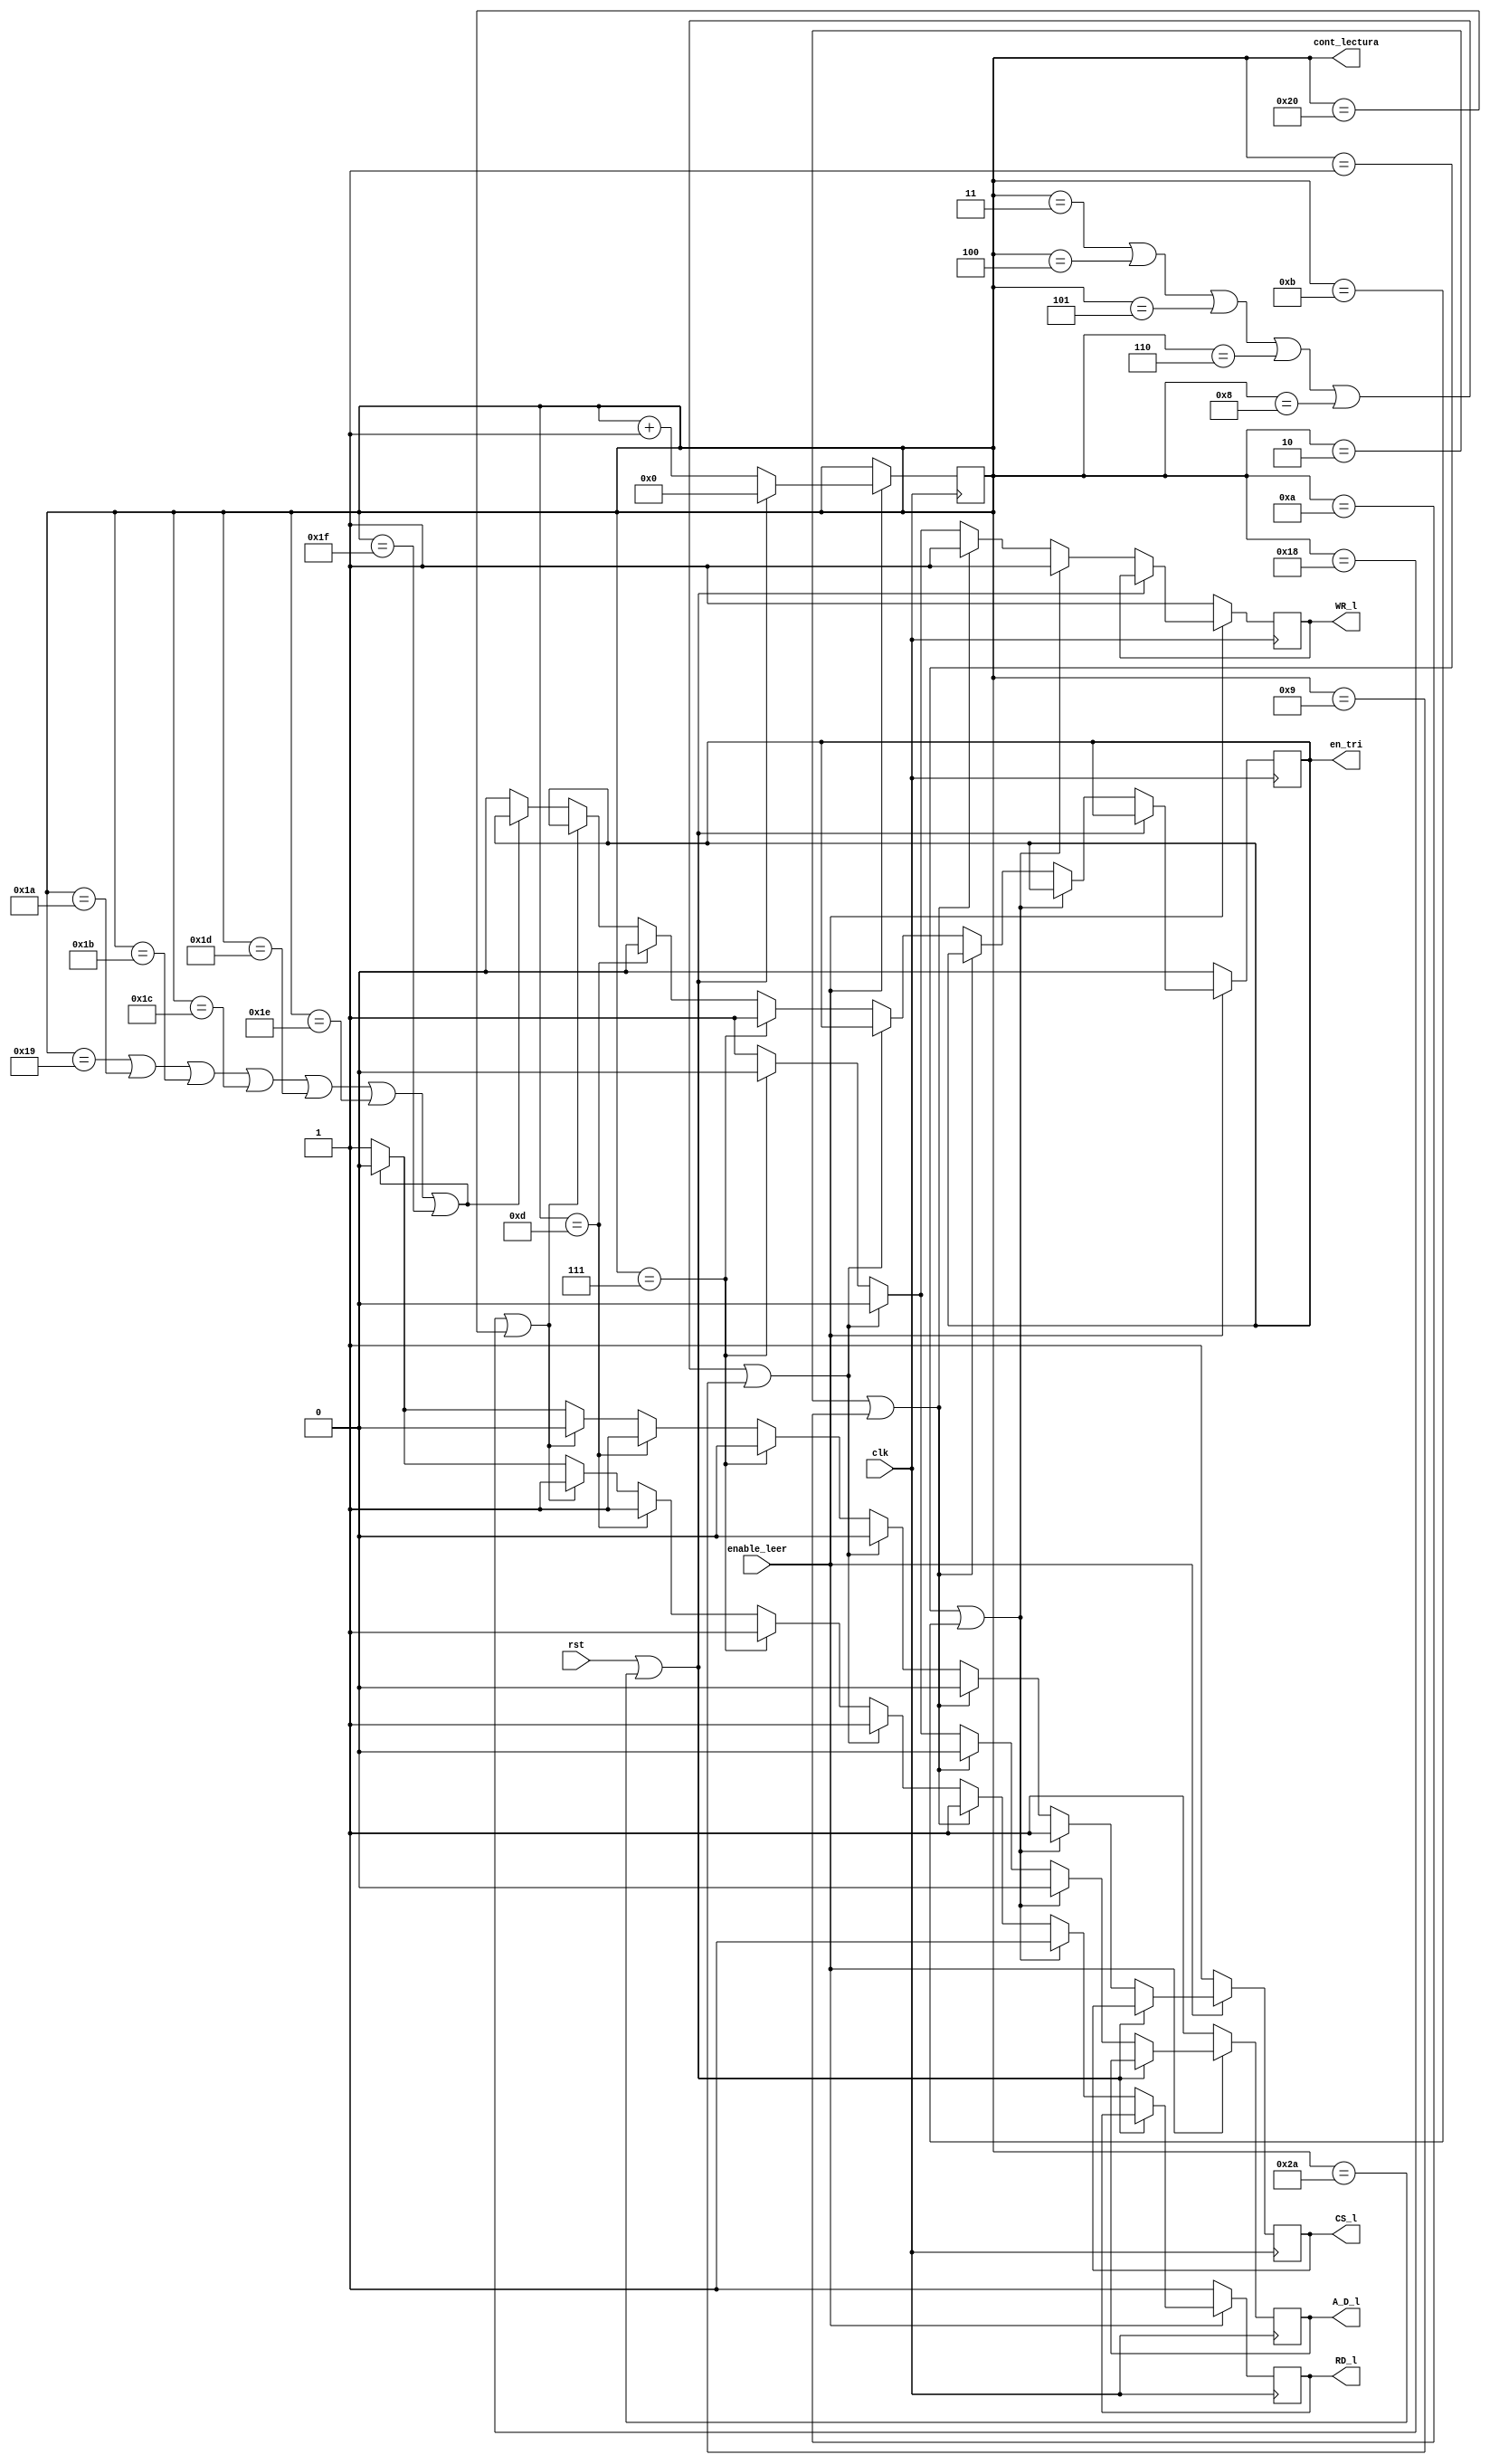
`timescale 1ns / 1ps

//Este bloque genera la secuencia de las seales de control de lectura de manera que se enva primero la 
//direccin y luego se da la seal para leer.

module Signal_Control_Lectura(   
input clk, rst,
input enable_leer, //Seal que entra de la FSM.
output reg CS_l, RD_l, WR_l, A_D_l, //Seales de Control del RTC.
output [5:0]cont_lectura, //Seal de salida con el valor del contador encargado de generar la secuencia de las seales.
output reg en_tri //Seal para activar el buffer
);

reg [5:0] cont=6'b0;
always @ (posedge clk)
begin
	if(enable_leer==1)begin //Si de la FSM llega la seal de habilitar el proceso de Lectura entonces:
	if (rst||cont==6'd42) cont<=6'd0;
		else begin// Definicion del orden de las seales de control dependiendo del valor del cont_lectura
		cont<=cont+5'b1;if (cont==6'd1||cont==6'd11) begin//
		CS_l<=1'b1; RD_l<=1'b1; WR_l<=1'b1; A_D_l<=1'b0; end//
		else if (cont==6'd2||cont==6'd10) begin//
		CS_l<=1'b0; RD_l<=1'b1; WR_l<=1'b1; A_D_l<=1'b0; end//
		else if (cont==6'd3||cont==6'd4||cont==6'd5||cont==6'd6||cont==6'd8||cont==6'd9) begin//
		CS_l<=1'b0; RD_l<=1'b1; WR_l<=1'b0; A_D_l<=1'b0; end//
		else if (cont==6'd7) begin CS_l<=1'b0; RD_l<=1'b1; WR_l<=1'b0; A_D_l<=1'b0; en_tri<=1'b1;end //Cuando el contador vaya por 7
	//Se habilita el bus de salida con la direccin a escribir.
		else if (cont==6'd13) begin CS_l<=1'b1; RD_l<=1'b1; WR_l<=1'b1; A_D_l<=1'b1; en_tri<=1'b0;end //Cuando el contador vaya por 13
	//se deshabilita  el bus de salida
		else if (cont==6'd24||cont==6'd32) begin//
		CS_l<=1'b0; RD_l<=1'b1; WR_l<=1'b1; A_D_l<=1'b1; end//
		else if (cont==6'd25||cont==6'd26||cont==6'd27||cont==6'd28||cont==6'd29||cont==6'd30||cont==6'd31) begin//
		CS_l<=1'b0; RD_l<=1'b0; WR_l<=1'b1; A_D_l<=1'b1; end//
		else begin// //Si no cumple ninguna de las condiciones, entonces todas las seales permanecern en alto y la seal de activar el bus permanecer en bajo
		CS_l<=1'b1; RD_l<=1'b1; WR_l<=1'b1; A_D_l<=1'b1; en_tri<=1'b0; end//
		end//
		end
	else  begin
	CS_l<=1'b1; RD_l<=1'b1; WR_l<=1'b1; A_D_l<=1'b1; en_tri<=1'b0; end//
	
	end	
	

assign cont_lectura=cont;
endmodule